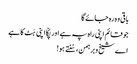
باقی وہ رہ جائے گا
جو قائم اپنی راہ پہ ہے اور پکّا اپنی ہَٹ کا ہے
اے شیخ و برہمن، سُنتے ہو!